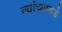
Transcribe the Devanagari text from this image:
त्यांंच्याकडे